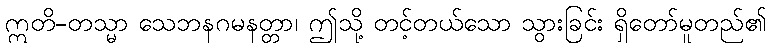
ဣတိ-တသ္မာ သေဘနဂမနတ္တာ၊ ဤသို့ တင့်တယ်သော သွားခြင်း ရှိတော်မူတည်၏